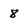
Character: 8